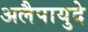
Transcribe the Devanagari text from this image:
अलैपायुदे